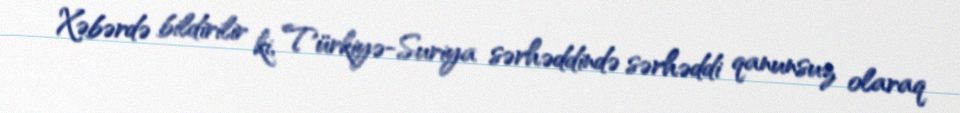
Xəbərdə bildirilir ki, Türkiyə-Suriya sərhəddində sərhəddi qanunsuz olaraq